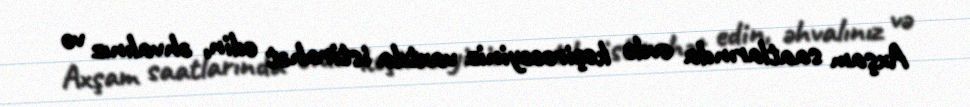
Axşam saatlarında evdə keçirəcəyiniz vaxtda istirahət edin, əhvalınız və